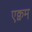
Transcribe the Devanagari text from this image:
एक्वम